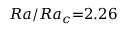
R a / R a _ { c } { = } 2 . 2 6